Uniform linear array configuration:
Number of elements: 64
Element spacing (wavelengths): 0.75
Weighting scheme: kaiser
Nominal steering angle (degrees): -60
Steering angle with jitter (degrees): -59.911
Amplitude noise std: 0.05
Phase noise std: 0.05

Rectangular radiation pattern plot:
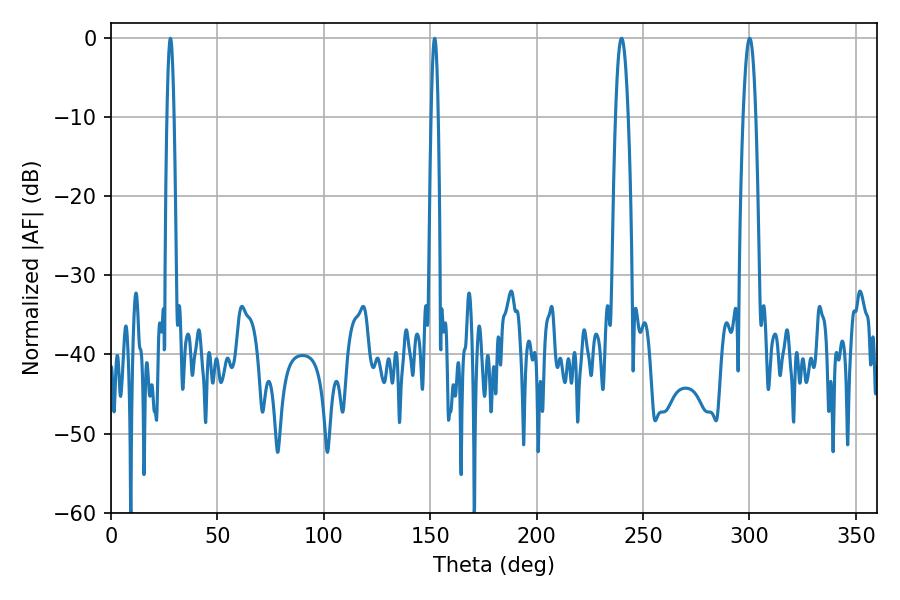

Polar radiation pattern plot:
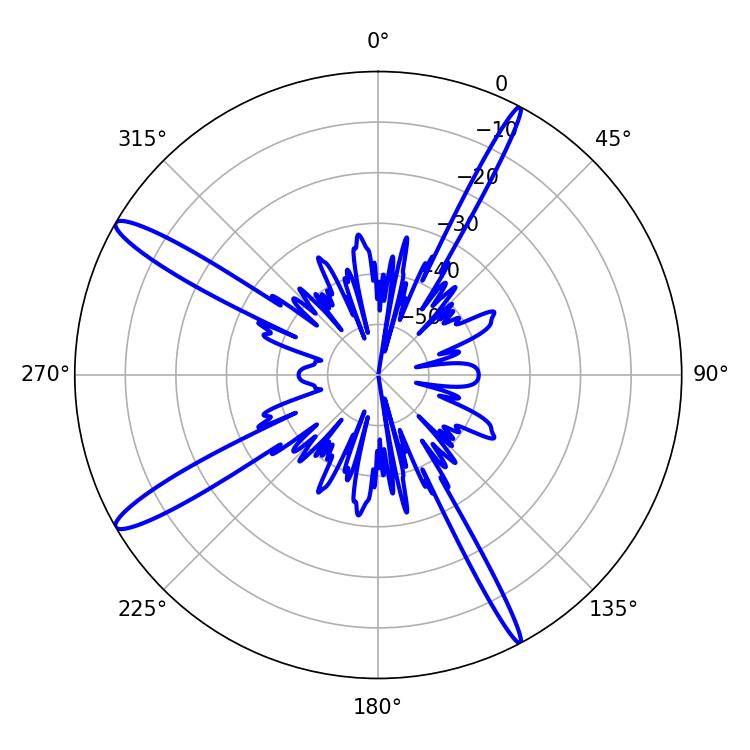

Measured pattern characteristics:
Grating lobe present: TRUE
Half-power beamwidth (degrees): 1.8
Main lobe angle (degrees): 27.9